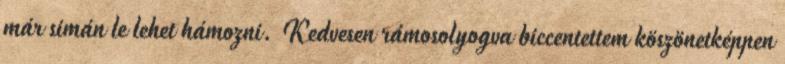
már simán le lehet hámozni. Kedvesen rámosolyogva biccentettem köszönetképpen